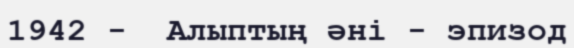
1942 -  Алыптың әні - эпизод